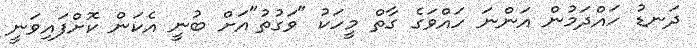
ދަނޑު ހައްދަމުން އަންނަ ހައްވަގެ ގާތް މީހަކު "ވަގުތު"އަށް ބުނީ އެކަން ކޮށްފައިވަނީ